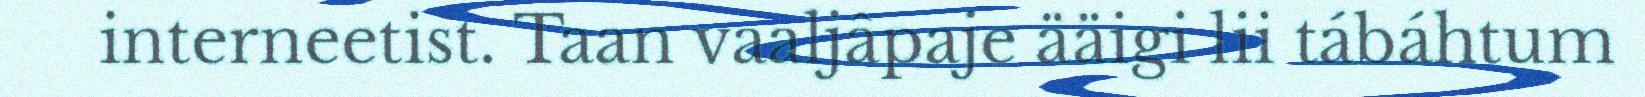
interneetist. Taan vaaljâpaje ääigi lii tábáhtum